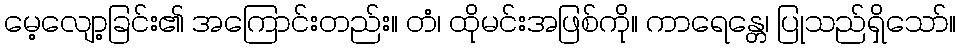
မေ့လျော့ခြင်း၏ အကြောင်းတည်း။ တံ၊ ထိုမင်းအဖြစ်ကို။ ကာရေန္တေ၊ ပြုသည်ရှိသော်။